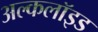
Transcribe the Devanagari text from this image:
अल्कलॉइड